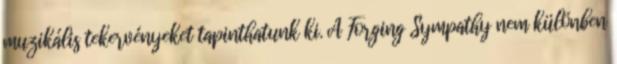
muzikális tekervényeket tapinthatunk ki. A Forging Sympathy nem különben